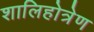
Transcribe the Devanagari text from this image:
शालिहोत्रेण